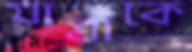
যাত্রাকে